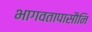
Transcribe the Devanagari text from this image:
भागवतापासौनि